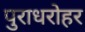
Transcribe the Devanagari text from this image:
पुराधरोहर